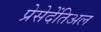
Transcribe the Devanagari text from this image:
प्रेसेदेंतिअल